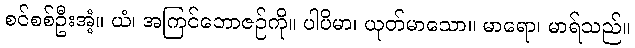
စင်စစ်ဦးအံ့။ ယံ၊ အကြင်ဘောဇဉ်ကို။ ပါပိမာ၊ ယုတ်မာသော။ မာရော၊ မာရ်သည်။